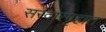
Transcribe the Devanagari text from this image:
सरदारगृहात